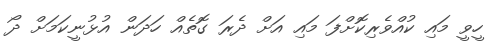
ހީވީ މައި ކުއްވެރިކޮށްފަ މައި އަށް ދެރަ ގޮތެއް ހަދަން އުޅުނީކަމަށް ދޯ